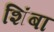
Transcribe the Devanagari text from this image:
शिंबा